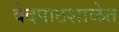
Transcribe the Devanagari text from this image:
वेदपाठशाळेत